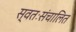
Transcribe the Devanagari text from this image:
स्वतःसंचालित